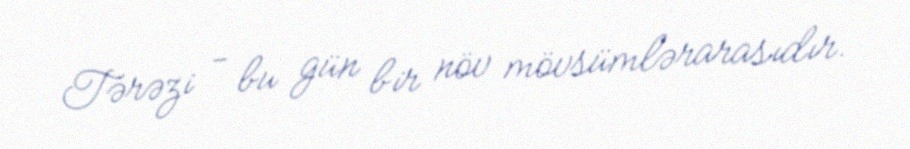
Tərəzi - bu gün bir növ mövsümlərarasıdır.